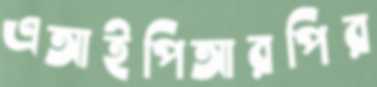
এআইপিআরপির